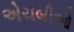
એચબીઓ